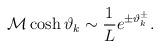
LaTeX: \begin{align*}{\cal M}\cosh \vartheta _{k}\sim \displaystyle\frac{1}{L}e^{\pm \vartheta _{k}^{\pm }}.\end{align*}